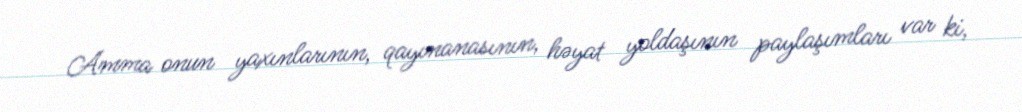
Amma onun yaxınlarının, qayınanasının, həyat yoldaşının paylaşımları var ki,